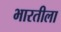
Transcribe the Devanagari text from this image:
भारतीला